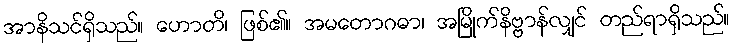
အာနိသင်ရှိသည်။ ဟောတိ၊ ဖြစ်၏။ အမတောဂဓာ၊ အမြိုက်နိဗ္ဗာန်လျှင် တည်ရာရှိသည်။